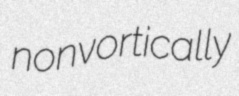
nonvortically